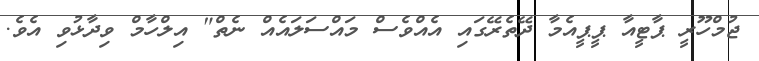
ޖުމްހޫރީ ޕާޓީއާ ޕީޕީއެމާ ދޭތެރޭގައި އެއްވެސް މައްސަލައެއް ނެތް" އިލްހާމް ވިދާޅުވި އެވެ.